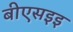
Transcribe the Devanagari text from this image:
बीएसइइ